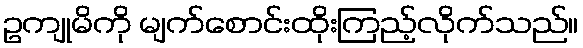
ဥကျုမိကို မျက်စောင်းထိုးကြည့်လိုက်သည်။